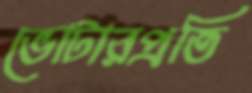
ভোটারপ্রতি